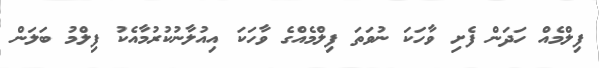
ފިލްމެއް ހަދަން ފެށި ވާހަކަ ނުވަތަ ފިލްމެއްގެ ވާހަކަ އިއުލާނުކުރުމާއެކު ފިލްމު ބަލަން